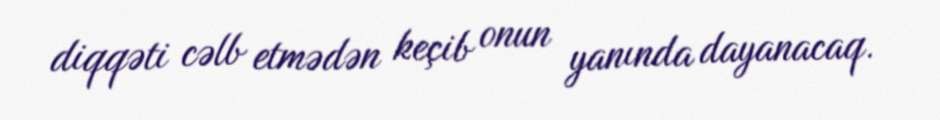
diqqəti cəlb etmədən keçib onun yanında dayanacaq.